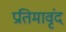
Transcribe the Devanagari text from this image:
प्रतिमावृंद